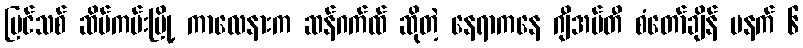
ပြင်သစ် ဆိပ်ကမ်းမြို့ ကာလေနားက ဆန်ဂက်ထ် ဆိုတဲ့ နေရာကနေ ဂျီအမ်တီ စံတော်ချိန် မနက် ၆